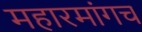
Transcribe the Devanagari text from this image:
महारमांगच